Calcutta medical institutions reports 1879-81 [i.e.91]
Year: 1879
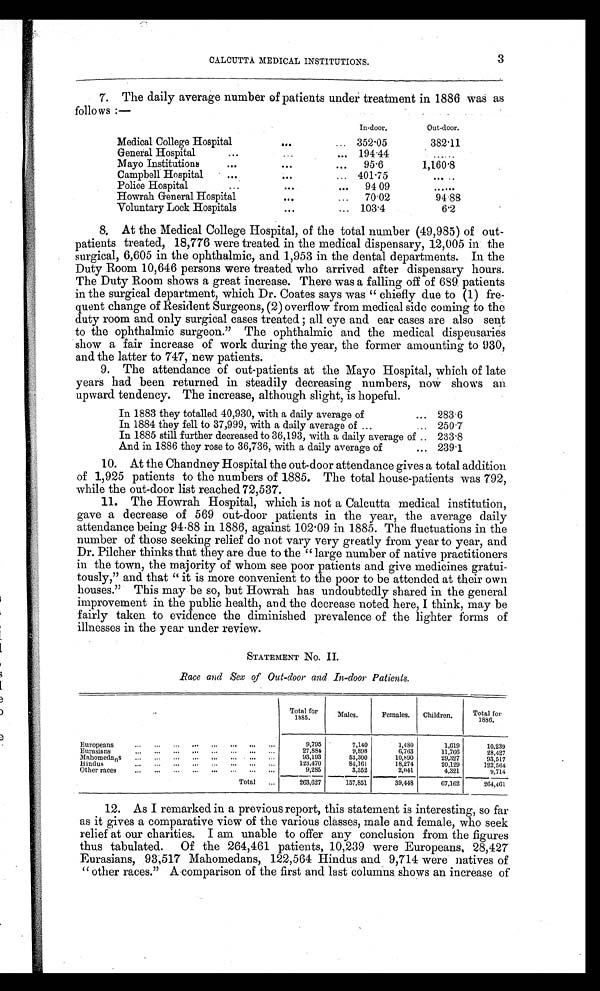
CALCUTTA MEDICAL INSTITUTIONS.
3
7. The daily average number of patients under treatment in 1886 was as
follows :—
In-door.
Out-door.
Medical College Hospital
...
.... 352.05
382.11
General Hospital
...
... 194.44
......
Mayo Institutions
...
...
... 95.6
1,160.8
Campbell Hospital
...
...
... 401.75
.....
Police Hospital
...
...
... 94.09
......
Howrah General Hospital
...
... 70.02
94.88
Voluntary Lock Hospitals
...
... 103.4
6.2
8. At the Medical College Hospital, of the total number (49,985) of out-
patients treated, 18,776 were treated in the medical dispensary, 12,005 in the
surgical, 6,605 in the ophthalmic, and 1,953 in the dental departments. In the
Duty Room 10,646 persons were treated who arrived after dispensary hours.
The Duty Room shows a great increase. There was a falling off of 689 patients
in the surgical department, which Dr. Coates says was " chiefly due to (1) fre
-quent change of Resident Surgeons, (2) overflow from medical side coming to the
duty room and only surgical cases treated ; all eye and ear cases are also sent
to the ophthalmic surgeon." The ophthalmic and the medical dispensaries
show a fair increase of work during the year, the former amounting to 930,
and the latter to 747, new patients.
9. The attendance of out-patients at the Mayo Hospital, which of late
years had been returned in steadily decreasing numbers, now shows au
upward tendency. The increase, although slight, is hopeful.
In 1883 they totalled 40,930, with a daily average of
... 283.6
In 1884 they fell to 37,999, with a daily average of ...
.. 250.7
In 1885 still further decreased to 36,193, with a daily average of .. 233.8
And in 1886 they rose to 36,736, with a daily average of
... 239.1
10. At the Chandney Hospital the out-door attendance gives a total addition
of 1,925 patients to the numbers of 1885. The total house-patients was 792,
while the out-door list reached 72,537.
11. The Howrah Hospital, which is not a Calcutta medical institution,
gave a decrease of 569 out-door patients in the year, the average daily
attendance being 94-88 in 1886, against 102.09 in 1885. The fluctuations in the
number of those seeking relief do not vary very greatly from year to year, and
Dr. Pilcher thinks that they are due to the " large number of native practitioners
in the town, the majority of whom see poor patients and give medicines gratui-
tously," and that " it is more convenient to the poor to be attended at their own
houses." This may be so, but Howrah has undoubtedly shared in the general
improvement in the public health, and the decrease noted here, I think, may be
fairly taken to evidence the diminished prevalence of the lighter forms of
illnesses in the year under review.
STATEMENT No. II.
Race and Sex of Out-door and In-door Patients.
Total for
1885.
Males.
Females. Children.
Total for
1886.
Europeans ... ...
... ... ... ...
...
9,795
7,140
1,480
1,619
10,239
Eurasians... ... ... ...
... ...
27,884
9,898
6,763
11,766
28,427
Mahomedans ... ... ...
93,193
53,300
10,890
29,327
93,517
Hindus
... ... ... ... ... ...
123,470
84,161
18,274
20,129
122,564
Other races
... ... ... ... ... ... ... ...
9,285
3,352
2,041
4,321
9,714
Total ...
263,627
157,851
39,448
67,162
264,461
12. As I remarked in a previous report, this statement is interesting, so far
as it gives a comparative view of the various classes, male and female, who seek
relief at our charities. I am unable to offer any conclusion from the figures
thus tabulated. Of the 264,461 patients, 10,239 were Europeans, 28,427
Eurasians, 93,517 Mahomedans, 122,564 Hindus and 9,714 were natives of
"other races." A comparison of the first and last columns shows an increase of